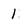
Character: 1